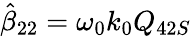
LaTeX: \hat{\beta}_{22}=\omega_{0}k_{0}Q_{42S}